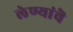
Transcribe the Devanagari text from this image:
लेण्यांचॆ